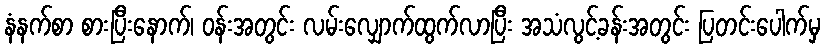
နံနက်စာ စားပြီးနောက်၊ ဝန်းအတွင်း လမ်းလျှောက်ထွက်လာပြီး အသံလွင့်ခန်းအတွင်း ပြတင်းပေါက်မှ